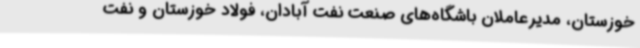
خوزستان، مدیرعاملان باشگاه‌های صنعت نفت آبادان، فولاد خوزستان و نفت